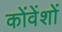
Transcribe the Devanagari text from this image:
कोंवेंशों